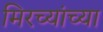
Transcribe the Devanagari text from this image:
मिरच्यांच्या